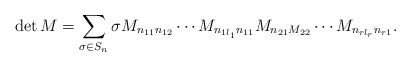
\begin{align*}\begin{aligned}\det M=\sum\limits_{\sigma\in S_n} \sigma {M}_{n_{11}n_{12}}\cdots {M}_{n_{1l_1}n_{11}}M_{n_{21}M_{22}}\cdots {M}_{n_{rl_r}n_{r1}}.\end{aligned}\end{align*}